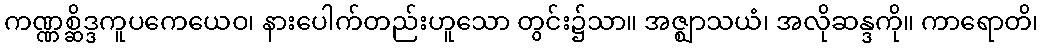
ကဏ္ဏစ္ဆိဒ္ဒကူပကေယေဝ၊ နားပေါက်တည်းဟူသော တွင်း၌သာ။ အဇ္ဈာသယံ၊ အလိုဆန္ဒကို။ ကာရောတိ၊